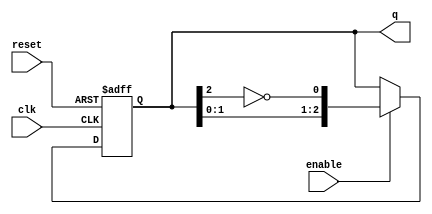
module johnson_counter #(
    parameter N = 3 // Number of bits in the Johnson counter
) (
    input wire clk,        // Clock signal
    input wire enable,     // Enable signal
    input wire reset,      // Asynchronous reset signal
    output reg [N-1:0] q   // Current state of the counter
);

// Internal logic for the Johnson counter
always @(posedge clk or posedge reset) begin
    if (reset) begin
        q <= 0; // Reset the counter to 0
    end else if (enable) begin
        // Johnson counter logic: Shift and feedback
        q <= {q[N-2:0], ~q[N-1]};
    end
    // If enable is low, the state remains the same due to the non-blocking assignment
end

endmodule